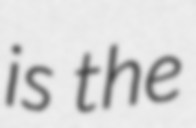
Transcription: is the